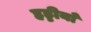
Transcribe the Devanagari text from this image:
हड्डीयाँ